Annual report of the Civil Veterinary Department, Bengal, for the year 1897-98 - 1897-1898
Year: 1897
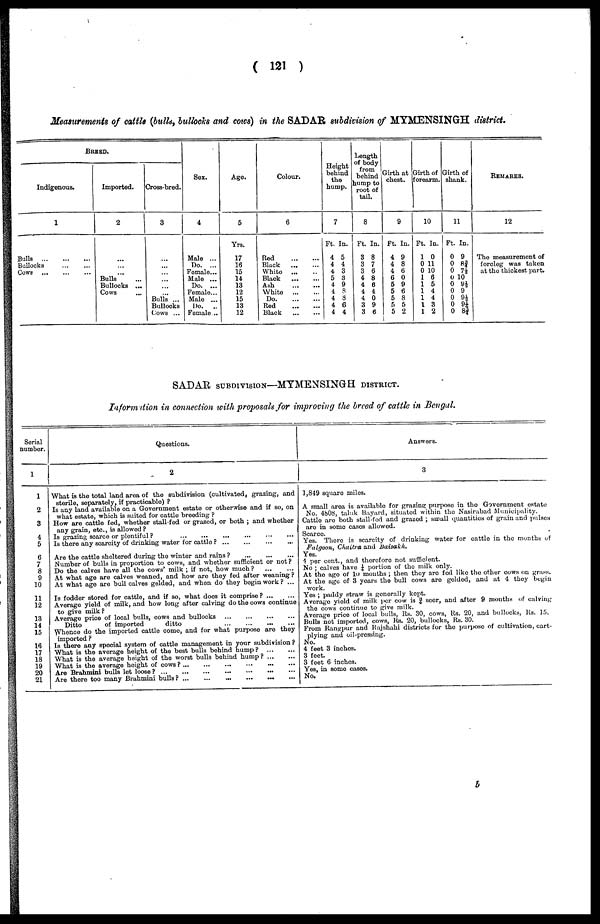
(121)
Measurements of cattle (bulls, bullocks and emus) in the SADAR subdivision of MYMENSINGH district.
BREED.
Indigenous.
1
Bulls
...
...
...
Bullocks ... ...
Cows
...
...
...
Imported.
2
...
...
...
Bulls ...
Bullocks ...
Cows ...
Cross-bred.
3
...
...
...
...
... ...
Bulls ...
Bullocks
Cows ...
Sex.
4
Male ...
Do. ...
Female...
Male ...
Do. ...
Female...
Male ...
Do. ...
Female ...
Age.
5
Yrs.
17
16
15
14
13
12
15
13
12
Colour.
6
Red
...
...
Black
...
...
White
...
...
Black
...
...
Ash
...
...
White
...
...
Do.
...
...
Red
...
...
Black
...
...
Height
behind
the
hump.
7
Ft. In.
4 5
4 4
4 3
5 3
4 9
4 8
4 8
4 6
4 4
Length
of body
from
behind
hump to
root of
tail.
8
Ft. In.
3 8
3 7
3 6
4 8
4 6
4 4
4 0
3 9
3 6
Girth at
chest.
9
Ft. In.
4 9
4 8
4 6
6 0
5 9
5 6
5 8
5 5
5 2
Girth of
forearm.
10
Ft. In.
1 0
0 11
0 10
1 6
1 5
1 4
1 4
1 3
1 2
Girth of
shank.
11
Ft. In.
0 9
0 8¾
0 7½
0 10
0 9½
0 9
0 91/3
0 9¼
0 8¾
REMARKS.
12
The measurement of
foreleg was taken
at the thickest part.
SADAR SUBDIVISON—MYMENSINGH DISTRICT.
Information in connection with proposals for improving the breed of cattle in Bengal.
Serial
number.
1
1
2
3
4
5
6
7
8
9
10
11
12
13
14
15
16
17
18
19
20
21
Questions.
2
What is the total land area of the subdivision (cultivated, grazing, and
sterile, separately, if practicable)?
Is any land available on a Government estate or otherwise and if so, on
what estate, which is suited for cattle breeding?
How are cattle fed, whether stall-fed or grazed, or both; and whether
any grain, etc., is allowed?
Is grazing scarce or plentiful?
...
...
...
...
...
...
Is there any scarcity of drinking water for cattle? ... ... ... ...
Are the cattle sheltered during the winter and rains?
...
...
...
Number of bulls in proportion to cows, and whether sufficient or not?
Do the calves have all the cows' milk; if not, how much? ... ...
At what age are calves weaned, and how are they fed after weaning?
At what age are bull calves gelded, and when do they begin work? ...
Is fodder stored for cattle, and if so, what does it comprise?
...
...
Average yield of milk, and how long after calving do the cows continue
to give milk?
Average price of local bulls, cows and bullocks
...
...
...
...
Ditto
of imported
ditto
...
...
...
...
Whence do the imported cattle come, and for what purpose are they
imported?
Is there any special system of cattle management in your subdivision?
What is the average height of the best bulls behind hump?
...
...
What is the average height of the worst bulls behind hump?
...
...
What is the average height of cows?
...
...
...
...
...
...
Are Brahmini bulls let loose?
...
...
...
...
...
...
...
Are there too many Brahmini bulls?
...
...
...
...
...
...
Answers.
3
1,849 square miles.
A small area is available for grazing purpose in the Government estate
No. 4b08, taluk Bayard, situated within the Nasirabad Municipality.
Cattle are both stall-fed and grazed; small quantities of grain and pulses
are in some cases allowed.
Scarce.
Yes. There is scarcity of drinking water for cattle in the months of
Falgoon, Chaitra and Baisakh.
Yes.
4 per cent., and therefore not sufficient.
No; calves have 1/4 portion of the milk only.
At the age of 10 mouths; then they are fed like the other cows on grass.
At the age of 3 years the bull cows are gelded, and at 4 they begin
work.
Yes; paddy straw is generally kept.
Average yield of milk per cow is 3/4 seer, and after 9 months of calving
the cows continue to give milk.
Average price of local bulls, Rs. 30, cows, Us. 20, and bullocks, Us, 15.
Bulls not imported, cows, Rs. 20, bullocks, Rs. 30.
From Rangpur and Rajshahi districts for the purpose of cultivation, cart-
plying and oil-pressing.
No.
4 feet 3 inches.
3 feet.
3 feet 6 inches.
Yes, in some cases.
No.
b